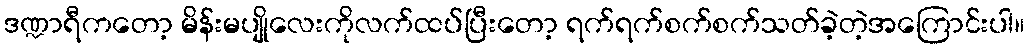
ဒဏ္ဍာရီကတော့ မိန်းမပျိုလေးကိုလက်ထပ်ပြီးတော့ ရက်ရက်စက်စက်သတ်ခဲ့တဲ့အကြောင်းပါ။